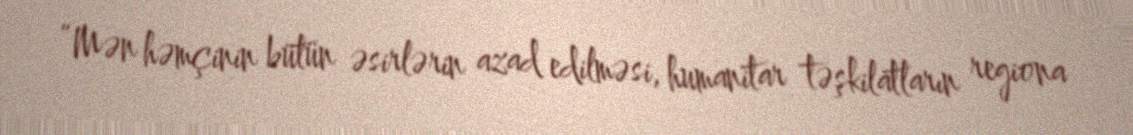
“Mən həmçinin bütün əsirlərin azad edilməsi, humanitar təşkilatların regiona